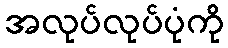
အလုပ်လုပ်ပုံကို